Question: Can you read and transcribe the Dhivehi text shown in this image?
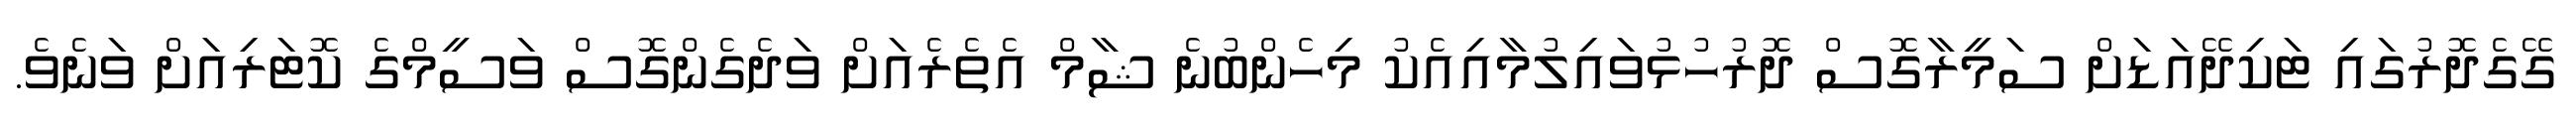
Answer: ގޭގެދޮރުގައި ޓަކިދޭއަޑަށް ސަމީރާގޮސް ދޮރުހުޅުވައިލުމާއިއެކު މިހެންބުނެ ޝާމް އެތެރެއަށް ވަދެގެންގޮސް ވަސީމްގެ ކޮޓަރިއަށް ވަނެވެ.